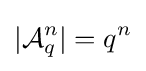
|{\mathcal {A}}_{q}^{n}|=q^{n}